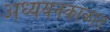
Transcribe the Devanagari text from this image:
अध्ययनकाळात